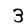
Digit: 3